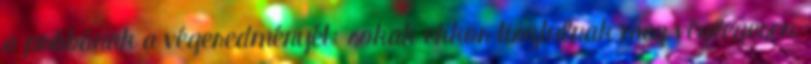
a próbának a végeredményét: sokak ekkor tisztulnak meg véglegesen,